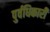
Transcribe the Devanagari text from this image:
पुर्वधिकारी